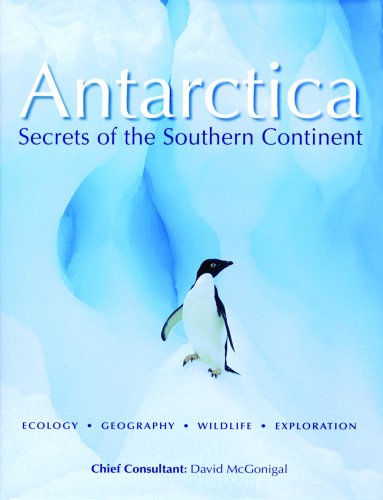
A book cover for Antarctica: Secrets of the Southern Continent; History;